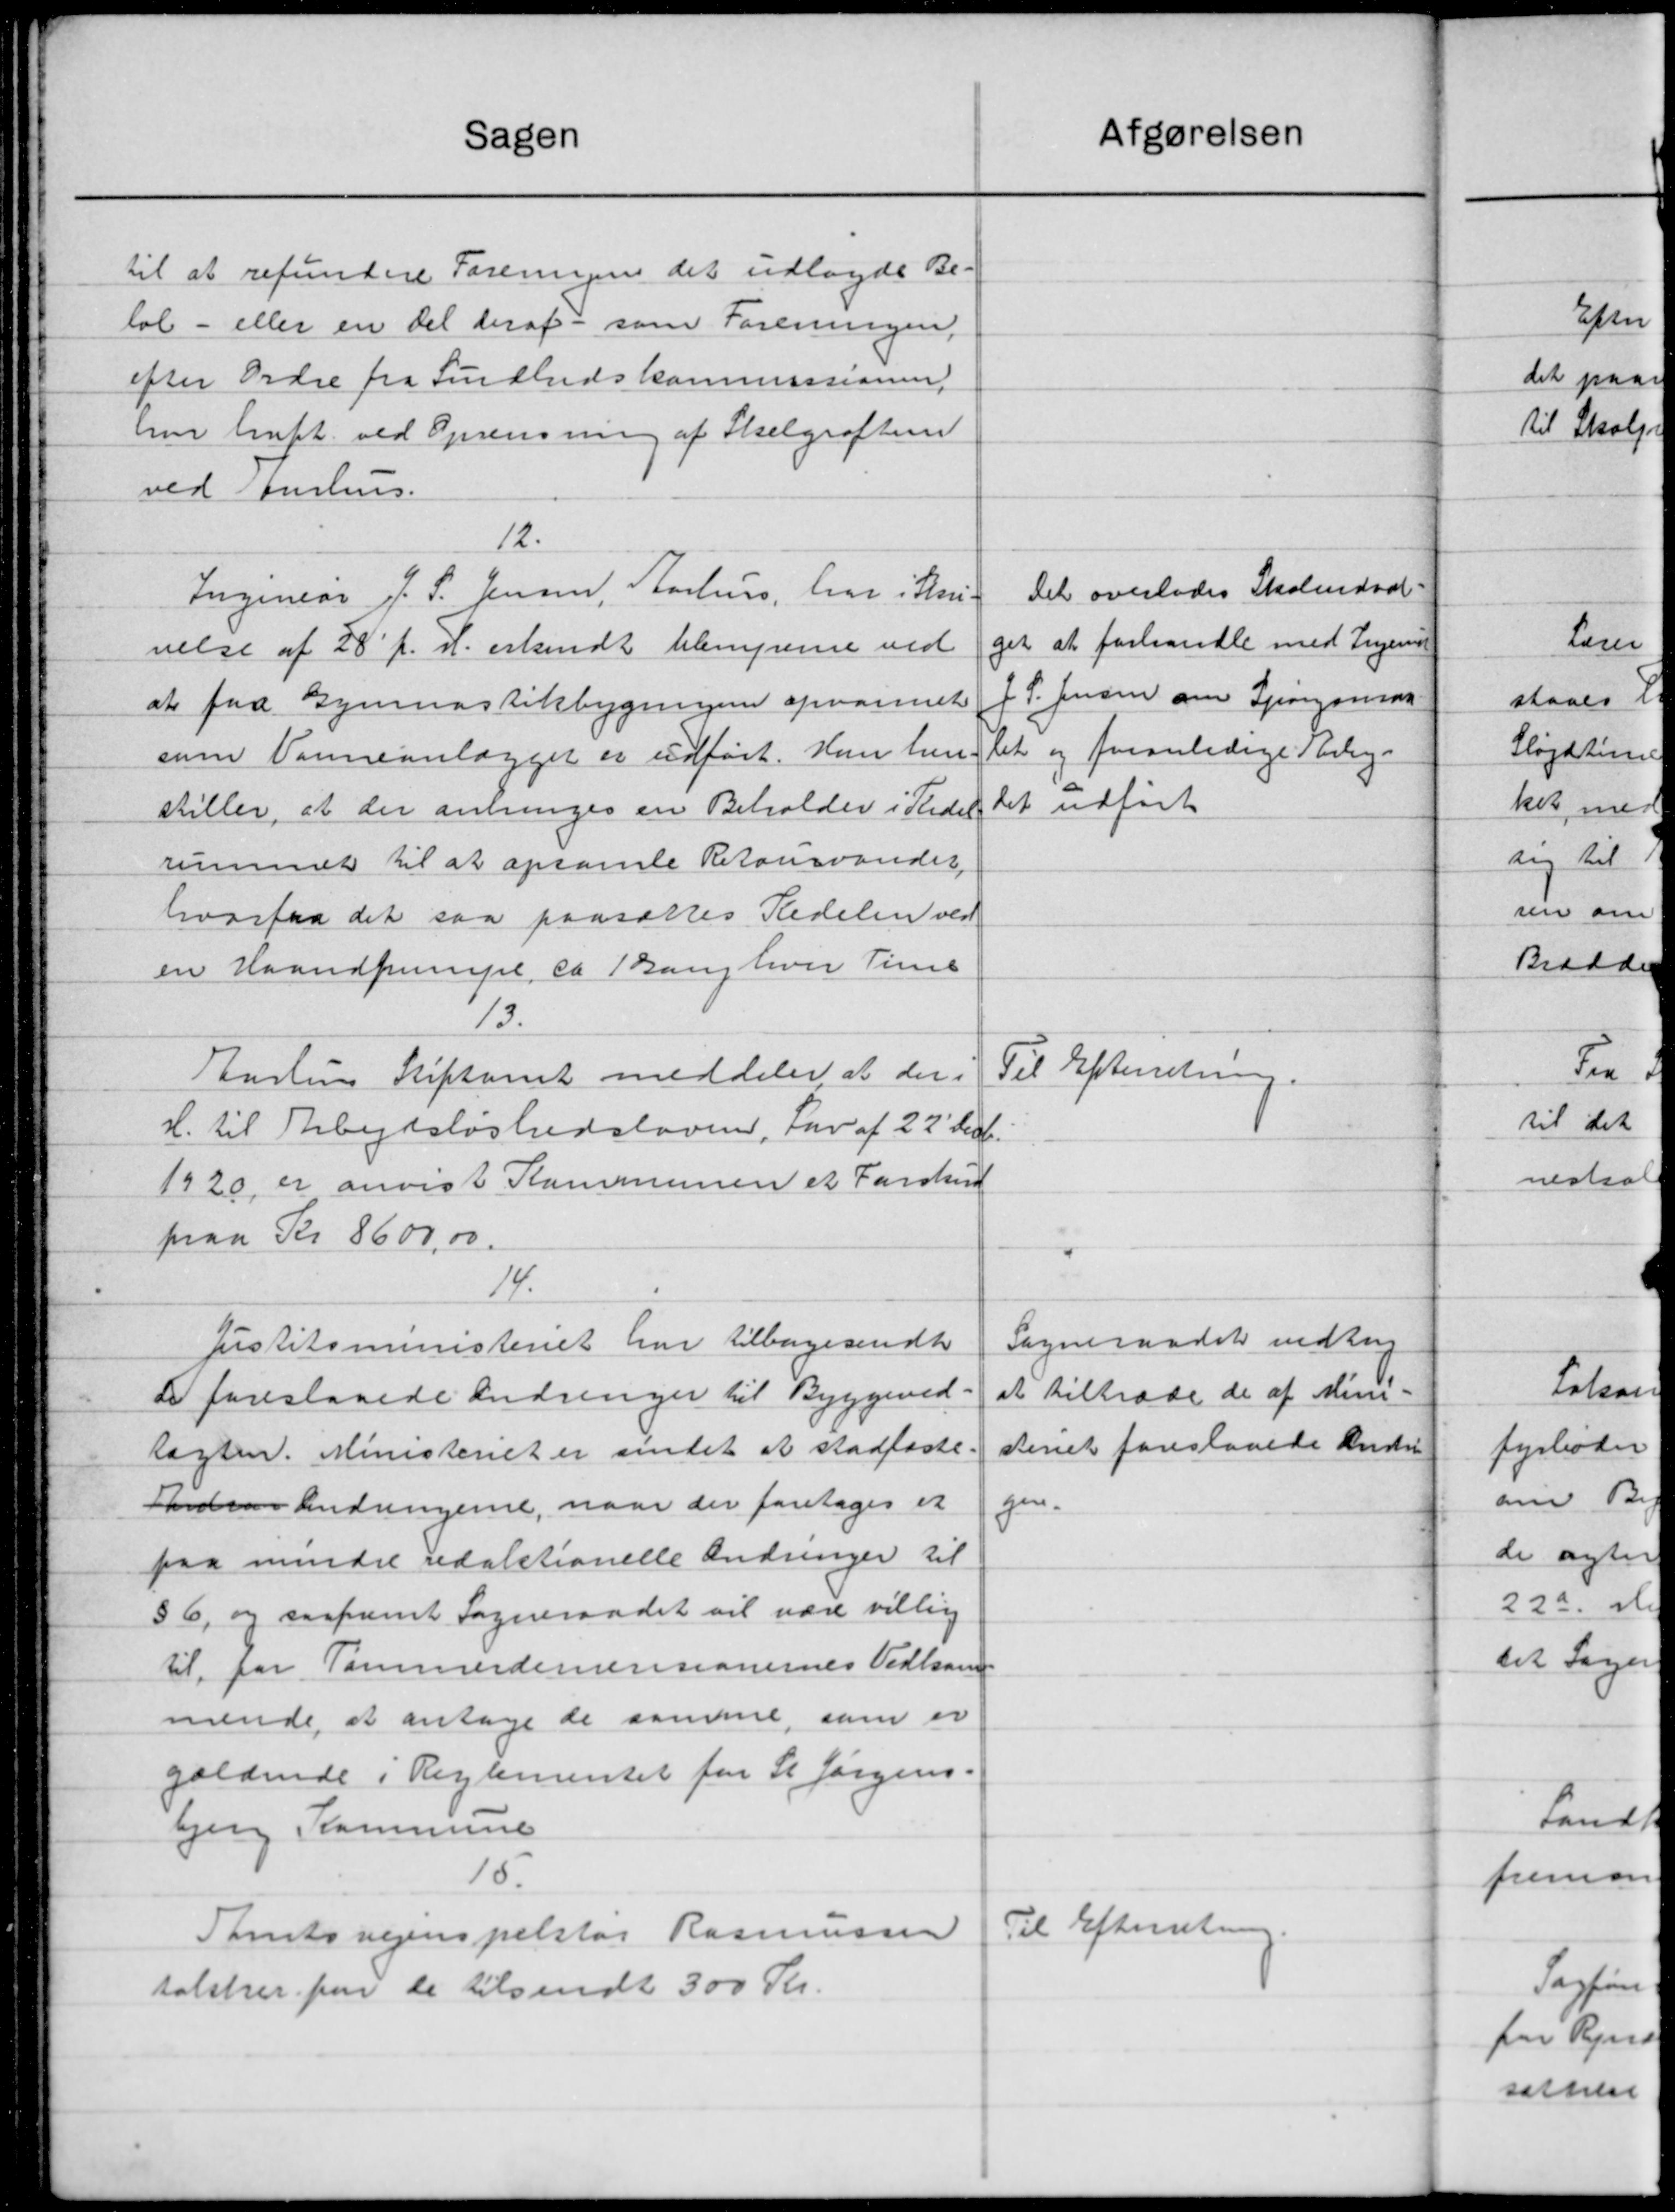
Transskription:
Sagen
til at refundere Foreningen det udlagdes Be-
løb - eller en det deraf som Foreningen,
efter Ordre fra Sundhedskommissionen.
hun truft ved Oprensning af Skelgrøften
ved Aarhus.
12.
Ingeniør J. S. Jensen, Aarhus, har i Kri-
velse af 28' f. A. erkendt blemperne ved
at faa Gymnastikbygningen opvarmet
som Vaneanlægget er udført. Hun hen
stiller, at der anbringes en Beholder i Pladel
rummet til at opsamle Retonsvander
hvorfra det saa paasættes Redelen ved
en Haandpumpe ca Bang hver Time
13.
Enstens Stiftamt meddeler at der i
H. til Arbejdsløshedsloven, Lov af 22' Dec.
1920 er anvist Kommunen et Forskud
paa Kr 8600,00.
14.
Justitsministeriet har tilbagesendt
d foreslaaede Ændringer til Byggeved
lagten. Ministeriet er amtet at stadfæste.
Indens Andringerne, naar der foretages et
paa mindre redaktionelle Ændringer til
56, og saafremt Sogneraadet vil være villig
til for Tommerdemessionernes Vedkom
mende at antage de samme, som er
gældende i Reglementet for St. Jørgens
bjerg Kommune
15.
Amtsvejinspektør Rasmussen
talsker paa de tilsendt 300 Kr.